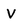
Character: V